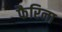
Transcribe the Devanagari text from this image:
फैरिना